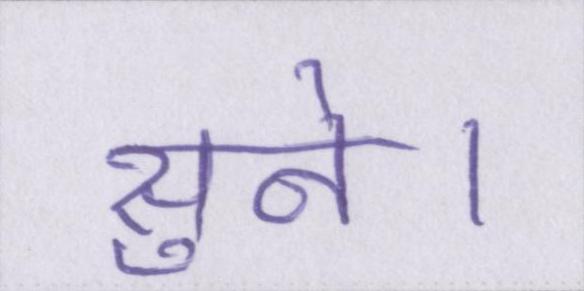
सुने।